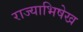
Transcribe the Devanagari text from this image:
राज्याभिषेख